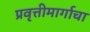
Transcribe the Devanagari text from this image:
प्रवृत्तीमार्गाचा